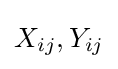
{\textstyle X_{ij},Y_{ij}}